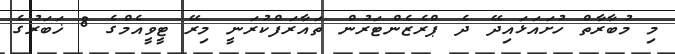
މި މުބާރާތް ހުށައަޅައިދޭ ދެ ޕްރެޒެންޓަރުން ތައާރަފްކުރަނީ މިރޭ ޓީވީއެމްގެ 8 ޚަބަރުގެ